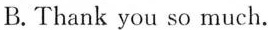
B.Thank you so much.